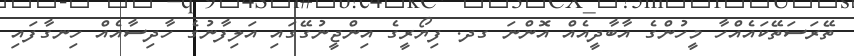
ތޭރަސަތޭކައެއްހާ މީހުންގެ އާބާދީއެއް އޮންނަ ގދ. ފިޔޯރީގެ އިންޖީނުގޭގައި އަލިފާނުގެ ހާދިސާއެއް ހިނގާފައި